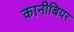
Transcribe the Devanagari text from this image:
कानीबियर